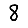
Digit: 8